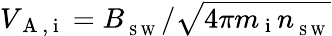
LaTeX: V_{\mathrm{~A~,~i~}}=B_{_{\mathrm{~S~W~}}}/\sqrt{4\pi m_{\mathrm{~i~}}n_{_{\mathrm{~S~W~}}}}